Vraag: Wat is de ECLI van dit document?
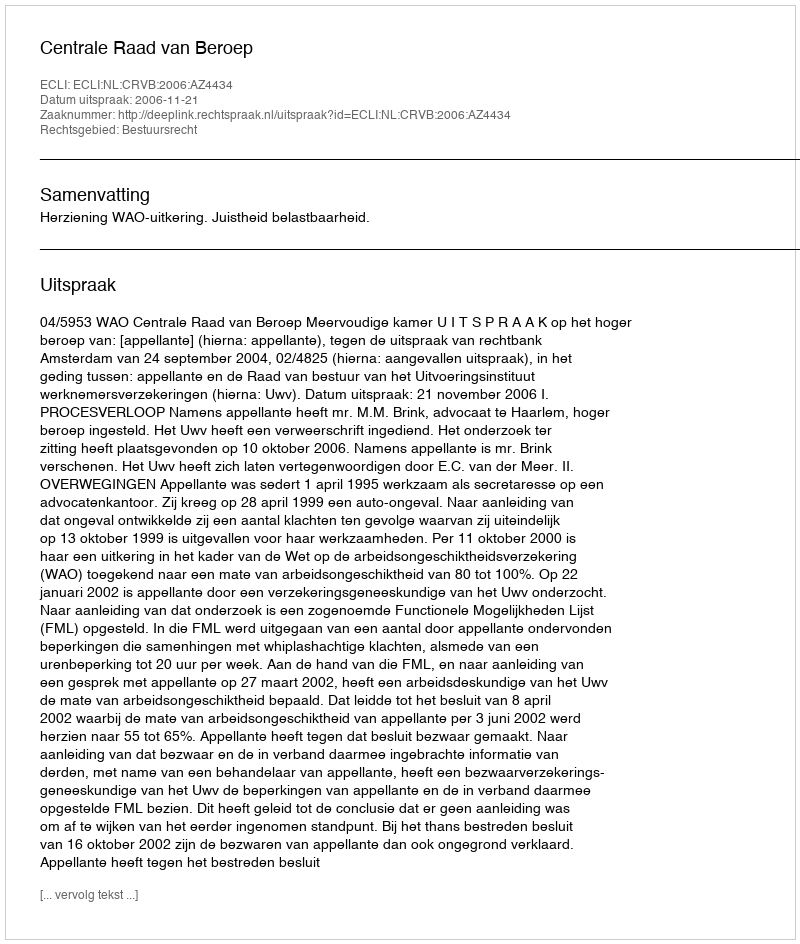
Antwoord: ECLI:NL:CRVB:2006:AZ4434